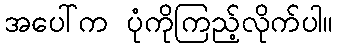
အပေါ်က ပုံကိုကြည့်လိုက်ပါ။